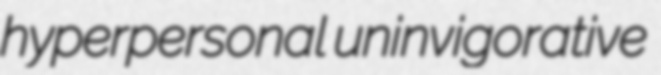
hyperpersonal uninvigorative